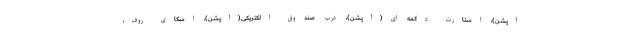
آپشن)، استارت دکمه ای(آپشن)، درب صندوق الکتریکی(آپشن)، اسکای روف،